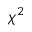
\chi ^ { 2 }